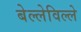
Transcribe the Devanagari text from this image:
बेल्लेविल्ले